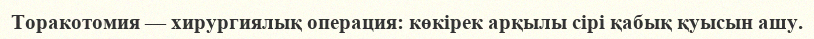
Торакотомия — хирургиялық операция: көкірек арқылы сірі қабық қуысын ашу.